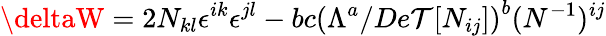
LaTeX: {\deltaW}=2N_{kl}\epsilon^{ik}\epsilon^{jl}-bc\left(\Lambda^{a}/De\mathcal{T}[N_{ij}]\right)^{b}(N^{-1})^{ij}